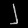
Digit: ၂